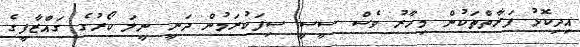
އިދިކޮޅު ފަރާތްތަކުން މިހާރު ވެސް ސީސީ ސިފަކުރަމުން ދަނީ ނީލަ ކޯރުގެ ގައްޒާފީގެ